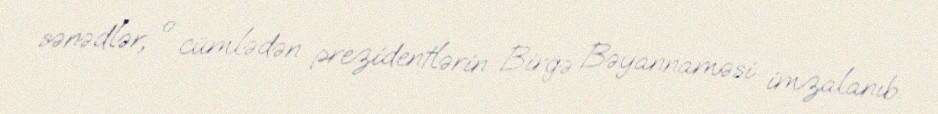
sənədlər, o cümlədən prezidentlərin Birgə Bəyannaməsi imzalanıb.